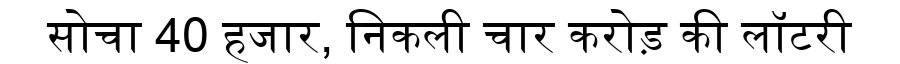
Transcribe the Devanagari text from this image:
सोचा 40 हजार, निकली चार करोड़ की लॉटरी